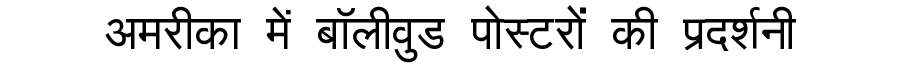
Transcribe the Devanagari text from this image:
अमरीका में बॉलीवुड पोस्टरों की प्रदर्शनी